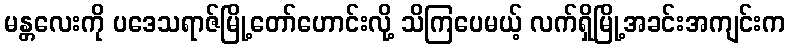
မန္တလေးကို ပဒေသရာဇ်မြို့တော်ဟောင်းလို့ သိကြပေမယ့် လက်ရှိမြို့အခင်းအကျင်းက